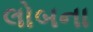
લોબના